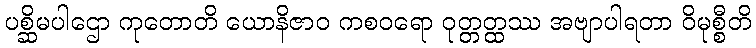
ပစ္ဆိမပါဌော ကုတောတိ ယောနိဇာဝ ကစဝရော ဝုတ္တတ္ထဿ အဗျာပါရတာ ဝိမုစ္စီတိ